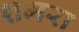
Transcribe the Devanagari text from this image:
शमरा